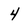
Character: 4